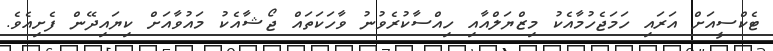
ޓެކްސީއަށް އަރައި ހަމަޖެހުމާއެކު މިޒްޔަލްއާއި ހިއްސާކުރެވުނު ވާހަކަތައް ޖޯޝާއެކު މައުވާއަށް ކިޔައިދޭން ފެށިއެވެ.